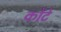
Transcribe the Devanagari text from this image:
कोंटे